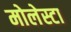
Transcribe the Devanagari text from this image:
मोलेस्टा